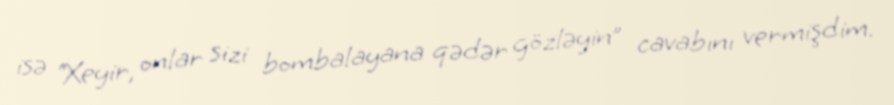
isə “Xeyir, onlar sizi bombalayana qədər gözləyin” cavabını vermişdim.